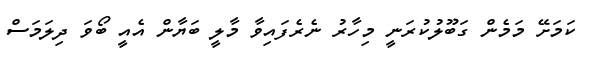
ކަމަށޭ މަމެން ގަބޫލުކުރަނީ މިހާރު ނެރެފައިވާ މާލީ ބަޔާން އެއީ ބޯވަ ދިލަމަސް